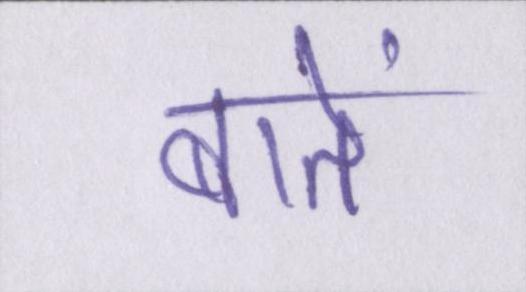
बातें